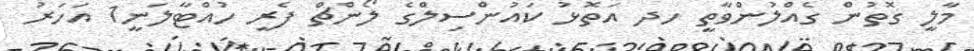
މާލީ ގޮތުން ގެއްލުންވާތީ ހދ އަތޮޅު ކައުންސިލްގެ ލޯންޗް ފެރީ ހުއްޓާލަނީ1 އަހަރު